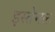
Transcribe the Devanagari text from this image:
इस्तेमल